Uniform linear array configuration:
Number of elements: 24
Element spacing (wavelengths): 0.5
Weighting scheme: hann
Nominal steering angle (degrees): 0
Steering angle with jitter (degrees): -0.03278
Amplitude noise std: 0.05
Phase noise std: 0.05

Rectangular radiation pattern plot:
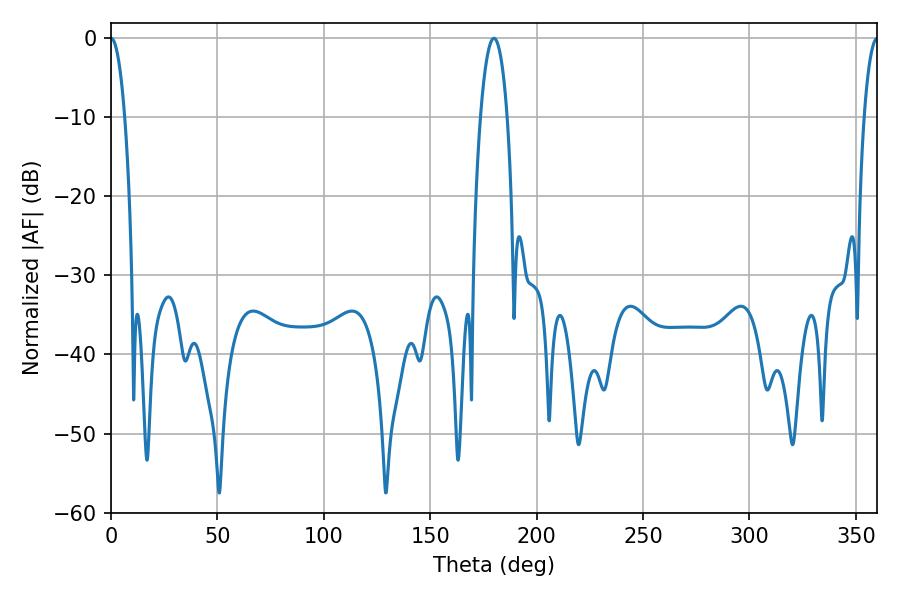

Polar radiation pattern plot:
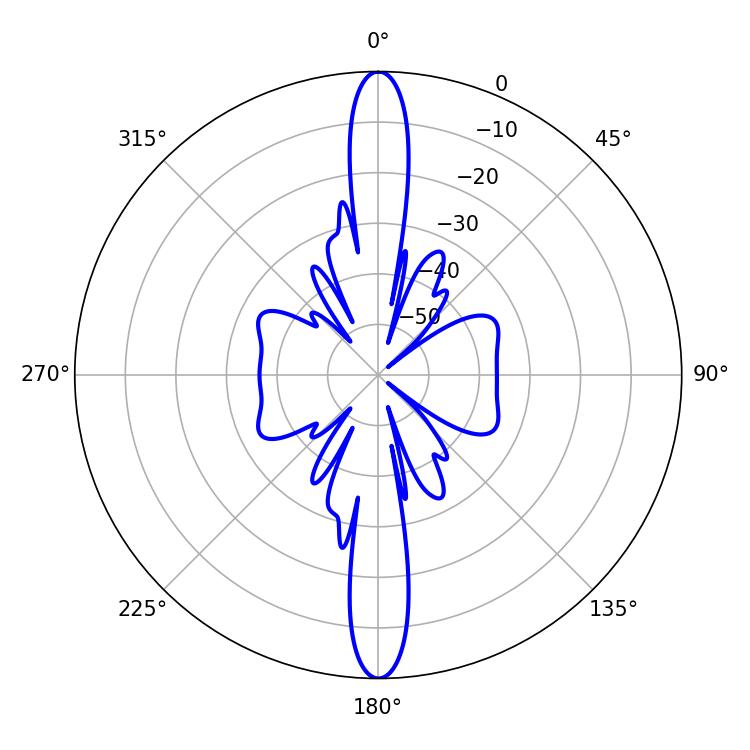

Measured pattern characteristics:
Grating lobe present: FALSE
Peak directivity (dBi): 36.744
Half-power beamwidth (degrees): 3.6
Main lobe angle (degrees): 0